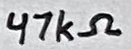
Text: 47KΩ